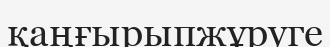
қаңғырыпжұруге